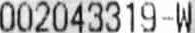
002043319-W